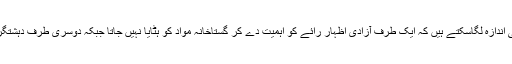
مندرجہ بالا دونوں واقعات سے فیس بک پالیسی کا آپ بخوبی اندازہ لگاسکتے ہیں کہ ایک طرف آزادی اظہار رائے کو اہمیت دے کر گستاخانہ مواد کو ہٹایا نہیں جاتا جبکہ دوسری طرف دہشتگردی کا الزام لگاکر کشمیر کے متعلق مواد کو ہٹادیا جاتا ہے۔